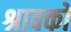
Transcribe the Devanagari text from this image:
श्रावको